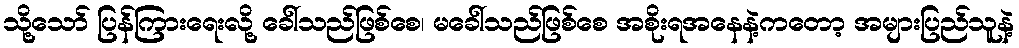
သို့သော် ပြန်ကြားရေးလို့ ခေါ်သည်ဖြစ်စေ၊ မခေါ်သည်ဖြစ်စေ အစိုးရအနေနဲ့ကတော့ အများပြည်သူနဲ့